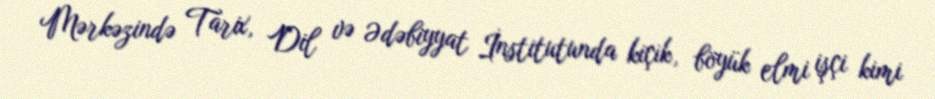
Mərkəzində Tarix, Dil və Ədəbiyyat İnstitutunda kiçik, böyük elmi işçi kimi